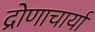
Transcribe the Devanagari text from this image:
द्रोणाचार्या